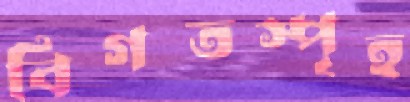
বিগতস্পৃহ